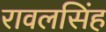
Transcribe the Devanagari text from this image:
रावलसिंह